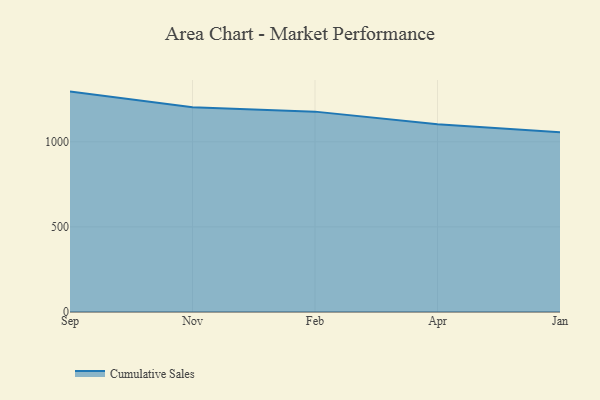
{"axis": {"x": "Month", "y": "Gross Profit (USD K)"}, "legend": ["Cumulative Sales"], "data": [{"x": "Sep", "y": 1294.9, "type": "Cumulative Sales"}, {"x": "Nov", "y": 1202.9, "type": "Cumulative Sales"}, {"x": "Feb", "y": 1177.2, "type": "Cumulative Sales"}, {"x": "Apr", "y": 1102.4, "type": "Cumulative Sales"}, {"x": "Jan", "y": 1055.7, "type": "Cumulative Sales"}]}